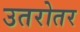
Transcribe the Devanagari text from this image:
उतरोतर